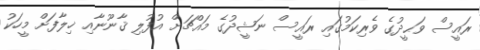
ރައީސް ވަޙީދުގެ ވެރިކަމުގައި ރައީސް ނަޝީދުގެ މައްޗަށް އުފުލި ޤާނޫނާއި ޚިލާފަށް މީހަކު